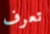
تعرف